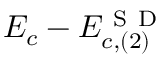
E _ { c } - E _ { c , ( 2 ) } ^ { \mathrm { ~ S ~ D ~ } }